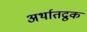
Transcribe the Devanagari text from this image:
अर्थातद्रुक